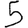
Digit: 5